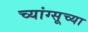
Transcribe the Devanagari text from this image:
च्यांग्सूच्या